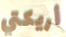
أريكتي